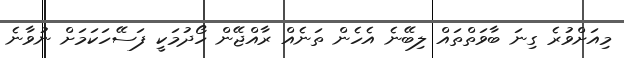
މިއަށްވުރެ ގިނަ ބާވަތްތައް ލިބޭނެ އެހެން ތަނެއް ރާއްޖޭން ހޯދުމަކީ ފަސޭހަކަމަށް ނުވާނެ